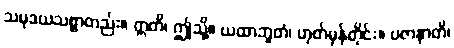
သမုဒယသစ္စာတည်း။ ဣတိ၊ ဤသို့။ ယထာဘူတံ၊ ဟုတ်မှန်တိုင်း။ ပဇာနာတိ၊